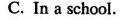
C. In a school.